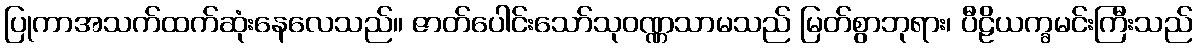
ပြုကာအသက်ထက်ဆုံးနေလေသည်။ ဇာတ်ပေါင်းသော်သုဝဏ္ဏသာမသည် မြတ်စွာဘုရား၊ ပီဠိယက္ခမင်းကြီးသည်